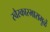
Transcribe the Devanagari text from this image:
स्वैरकारभारामुळें